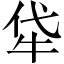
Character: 牮